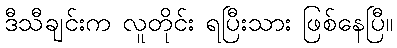
ဒီသီချင်းက လူတိုင်း ရပြီးသား ဖြစ်နေပြီ။